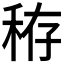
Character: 𥞘